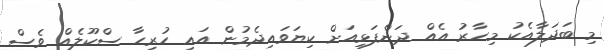
މި ބަދަލާއެކު މިހާރު އެއް ދަންފަޅިއަށް ކިޔަވައިދެމުން އައި ހުރިހާ ސްކޫލެއް ވެސް